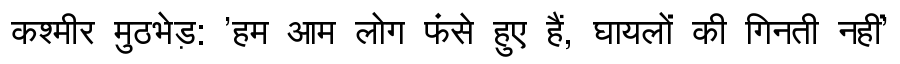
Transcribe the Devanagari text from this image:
कश्मीर मुठभेड़: 'हम आम लोग फंसे हुए हैं, घायलों की गिनती नहीं'